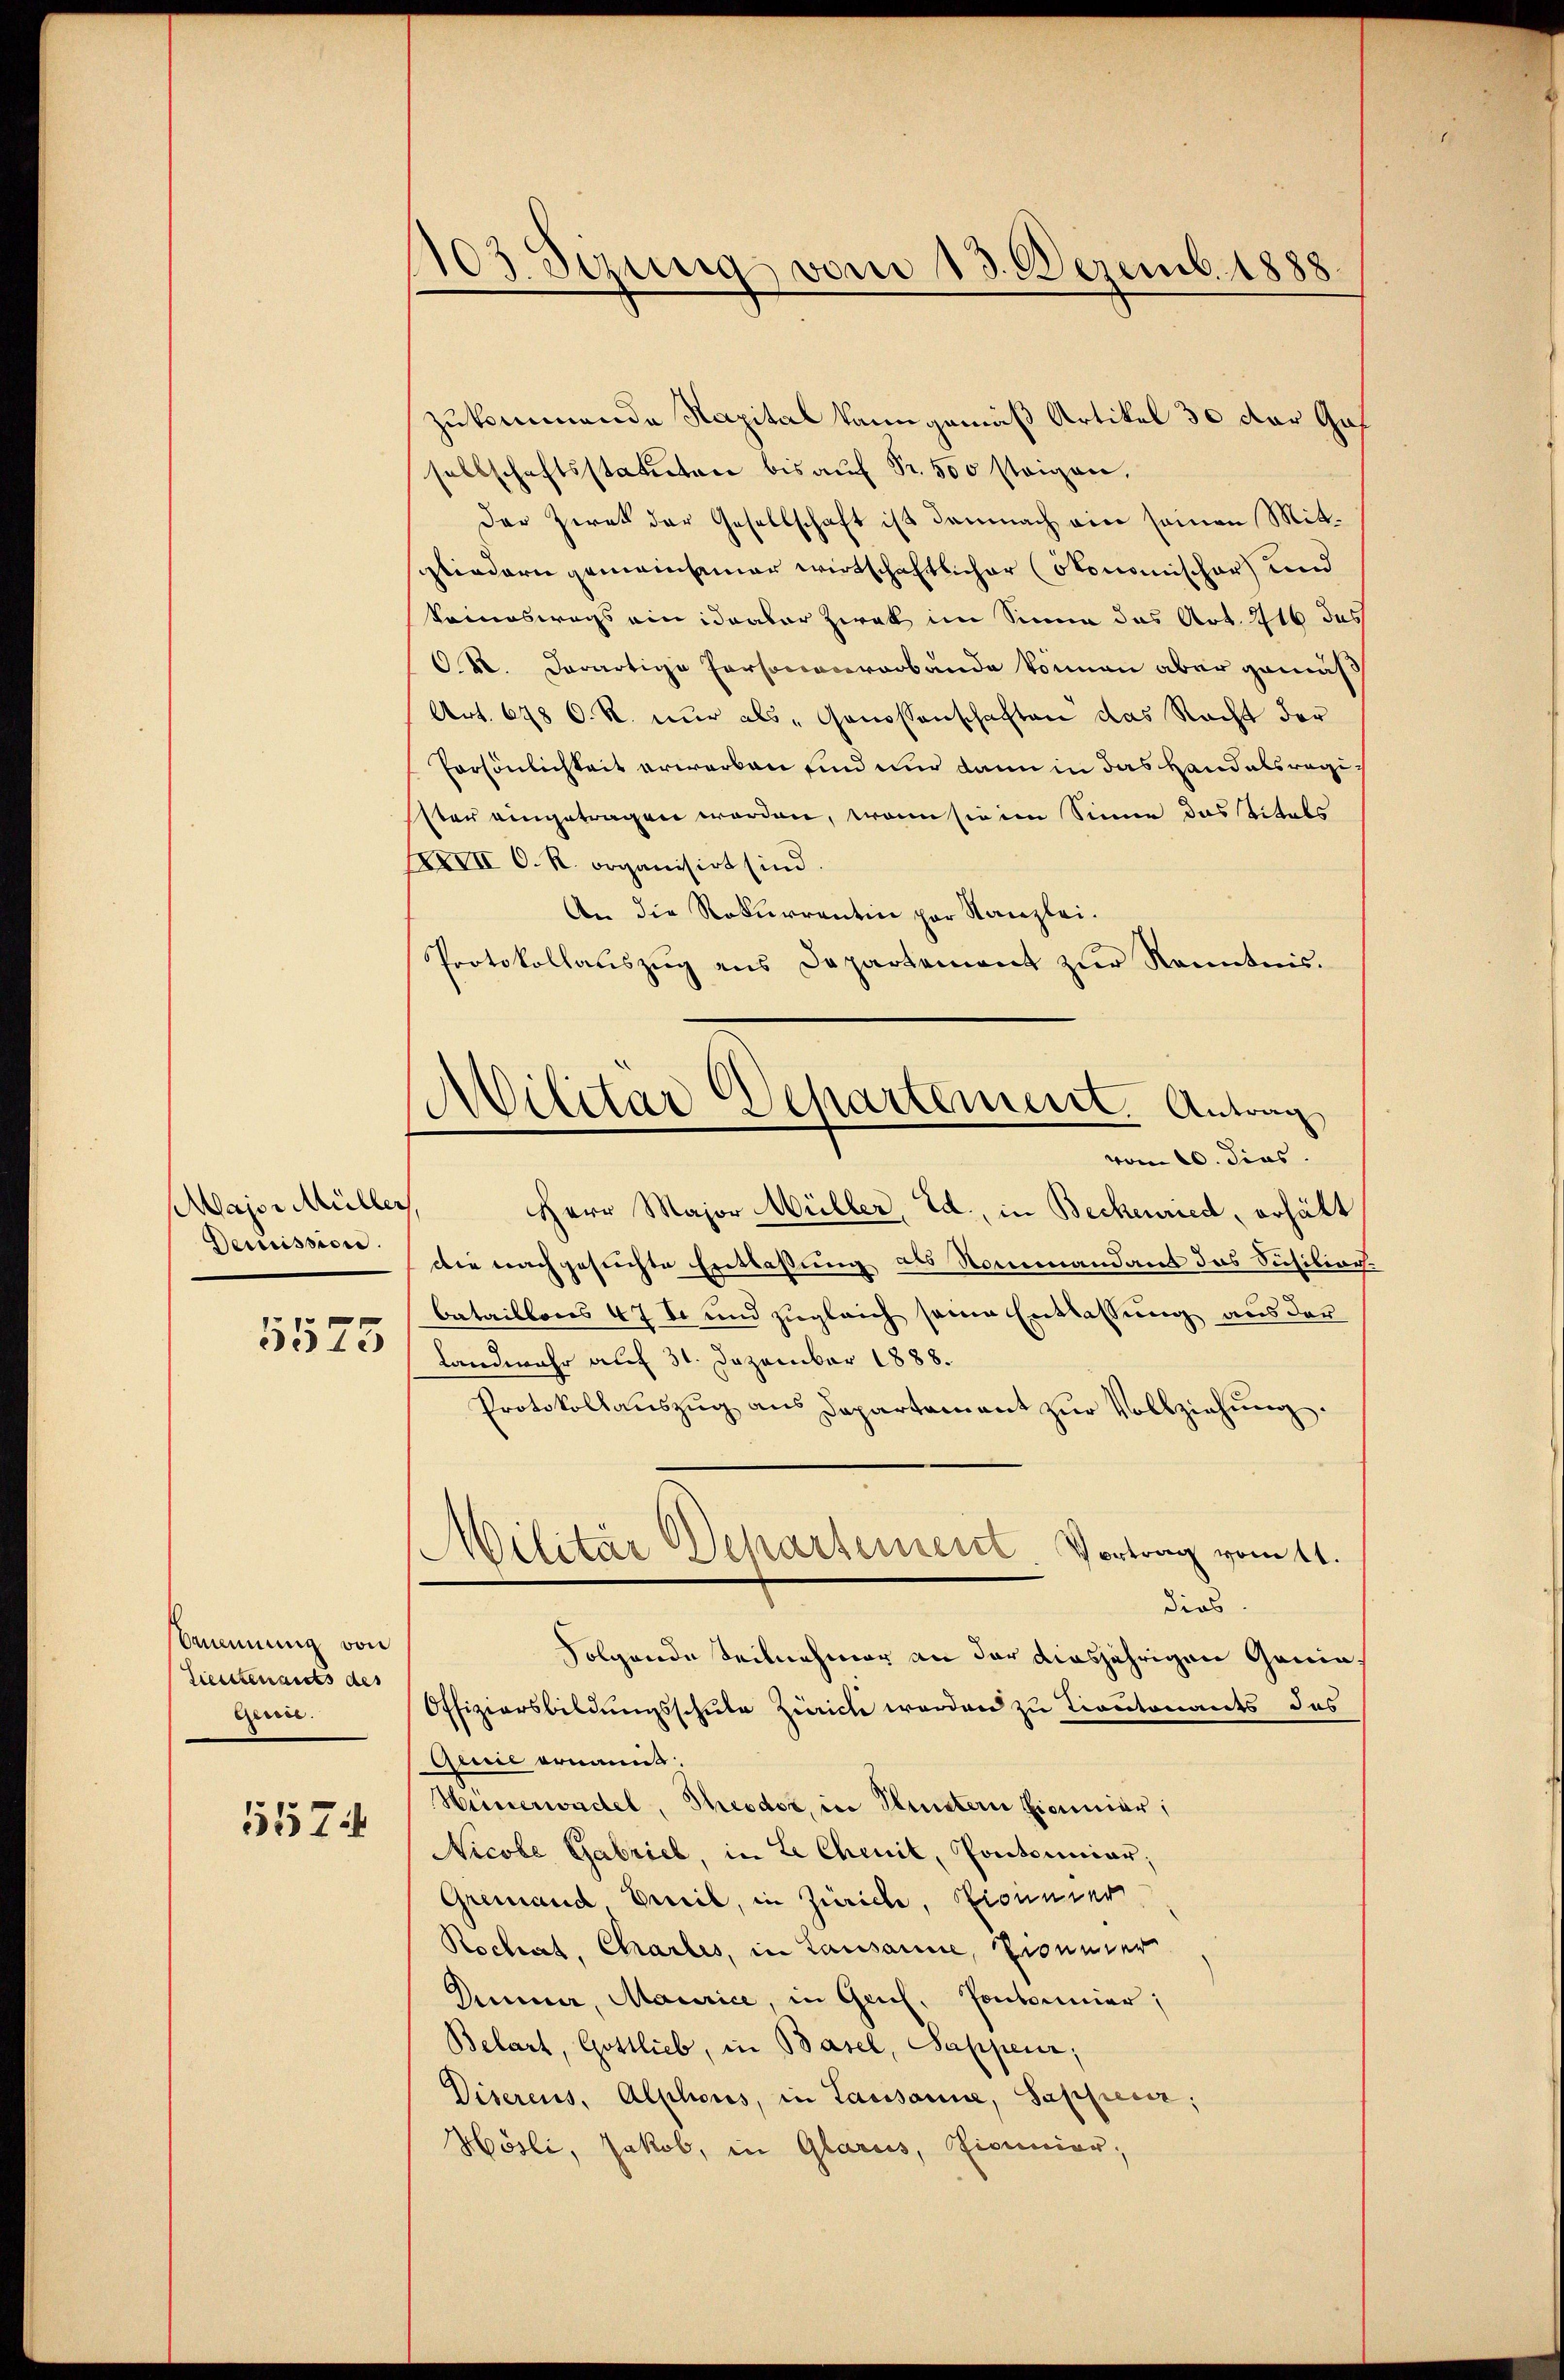
Major Müller,
Demission.

5575

Rmung von
Lieutenants des
Gessée.
5574

103 Sizung vom 13. Dezemb. 1888.

zukommende Kapital kann gemäß Artikel 30 der Gas
sellschaftsstatten bis aŭf Fr. 500 steigen.
Der Zwek der Gesellschaft ist demnach ein seinen Mitsgliedern gemeinsamer wirtschaftlicher ökonomischer und
keineswegs ein idealer Zwek im Sinne das Art. 216 das
OR. derartige Personenverbände können aber gemäß
Art. 648 C. R. nur als „Genossenschaften das Recht der
Persönlichkeit erwerken sind nur dann in das Handelsregi
Ester eingetragen worden, wenn sie im Sinne das Vitals
XXVII C. R. organisirt sind.
An die Rekurrentin par Kanzlei.
Protokollauszug aus Departement zur Kenntnis.
Herr Major Müller, Ed., in Beckenried, erhält
die nachgesuchte Entlaßung als Nommandant das Sicilior.
bataillonis 47 te und zugleich seine Entlassung aus der
Landwahr auf 31. Dezember 1888.
Protokollaŭszŭg ans Departement zŭr Vollziehung.
Militär Departement Vortrag vom 11.
dies
Folgende Teilnehmer an der diesjährigen Gania¬
Offiziersbildungsschule Zürich werden zu Toutenants des
Qunie ernannt:
Hünerwadel, Theodor, in Bluntern Eininiar;
Nicole Gabriel, in Le Chenil, Pontouniar
Gremand weil, in Zürich, Sicunier
Rochat, Charles, in Lausanne, Brunner
Dummer, Maurice, in Genf, Pontonier;
Belart, Gottlieb, in Basel, Sappeur;
Diserens, Alphons, in Lausanne, Sappeur;
Hösli, Jakob, in Glarus, Licencier,

d
Dilitar Departement Antrag
vom 10. dies